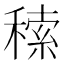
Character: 䅴